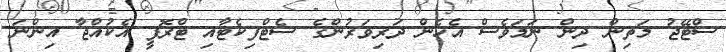
ސްޓޭޖު މަތިން ދިން ނަމަވެސް އެހެން ދަރިވަރުންގެ ސެޓްފިކެޓާއި ޓްރޮފީ އެކުއްޖާ އިންނަ